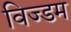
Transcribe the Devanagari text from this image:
विज्डम